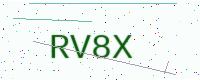
Text: RV8X